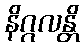
နိဂ္ဂလန္တိ